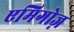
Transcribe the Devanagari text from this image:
एमिगोज़